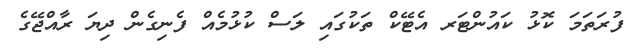
ފުރަތަމަ ކޮޅު ކައުންޓަރ އެޓޭކް ތަކުގައި ލަސް ކުޅުމެއް ފެނިގެން ދިޔަ ރާއްޖޭގެ